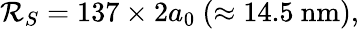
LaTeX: \mathcal{R}_{S}=137\times2a_{0}~(\approx\mathrm{{14.5~nm}}),